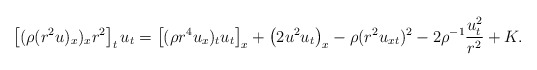
\begin{align*}\begin{aligned}\left[(\rho(r^2u)_x)_xr^2\right]_tu_t=\left[(\rho r^4u_x)_tu_t\right]_x+\left(2 u^2u_t\right)_x-\rho(r^2u_{xt})^2-2\rho^{-1}\frac{u_t^2}{r^2}+K.\end{aligned}\end{align*}